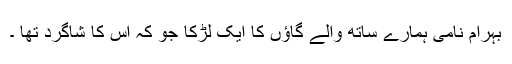
بہرام نامی ہمارے ساتھ والے گاﺅں کا ایک لڑکا جو کہ اس کا شاگرد تھا ۔